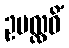
ဥပလ္လဝိံ